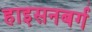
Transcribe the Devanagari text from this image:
हाइसनबर्ग